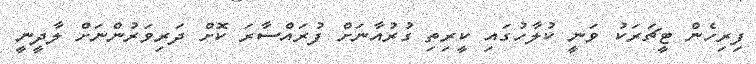
ފިރިހެން ޓީޗަރަކު ވަނީ ކުލާހުގައި ކީރިތި ގުރުއާނަށް ފުރައްސާރަ ކޮށް ދަރިވަރުންނަށް ލާދީނީ